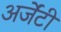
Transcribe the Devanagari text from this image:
अर्जेंटी